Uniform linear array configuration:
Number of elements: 24
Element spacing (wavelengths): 0.75
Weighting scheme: kaiser
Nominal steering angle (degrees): -15
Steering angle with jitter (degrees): -13.148
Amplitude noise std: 0.05
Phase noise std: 0.05

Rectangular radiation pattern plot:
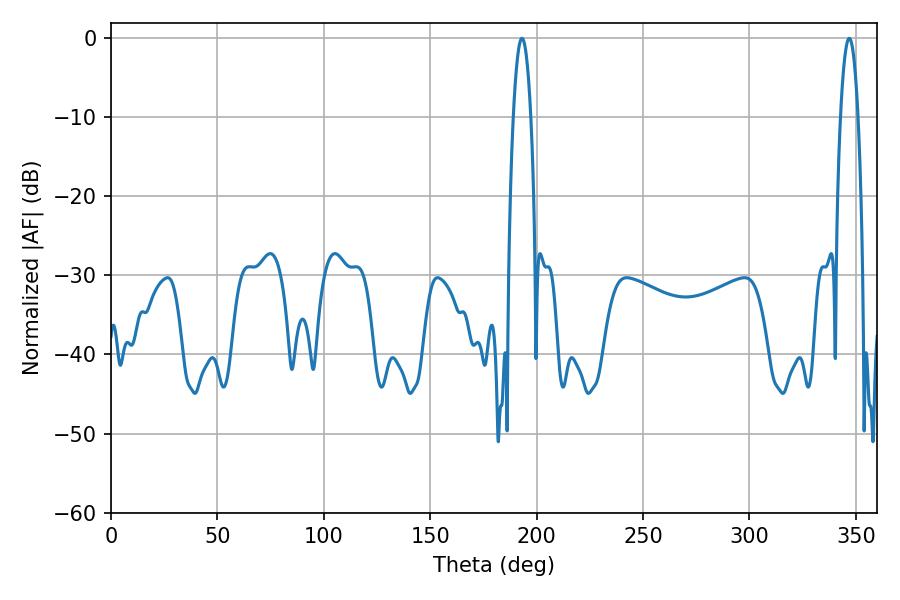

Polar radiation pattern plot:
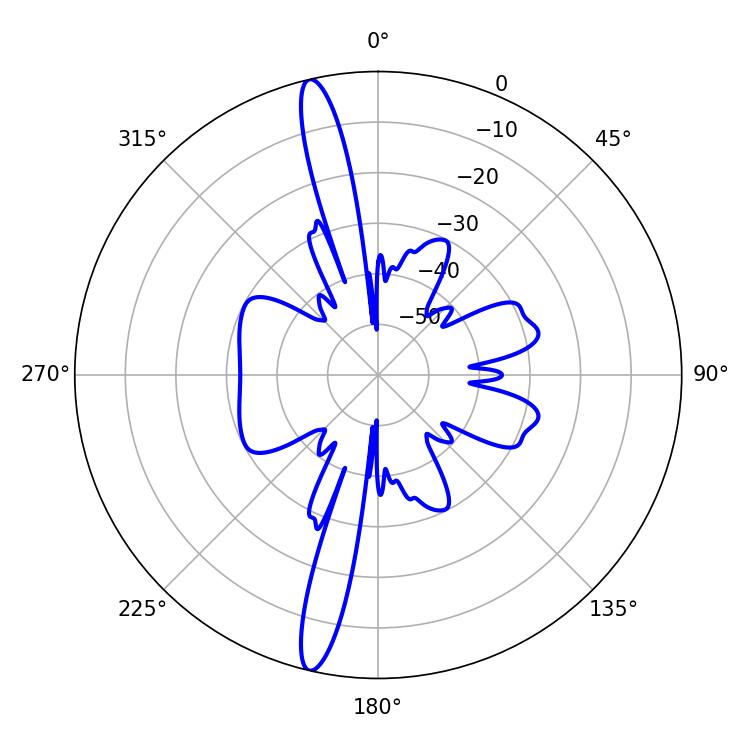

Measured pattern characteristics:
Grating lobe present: TRUE
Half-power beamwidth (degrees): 4.5
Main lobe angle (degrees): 193.14